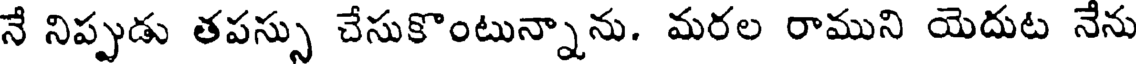
నే నిప్పుడు తపస్సు చేసుకొంటున్నాను. మరల రాముని యెదుట నేను